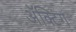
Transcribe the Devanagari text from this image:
अॅक्टिंग